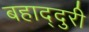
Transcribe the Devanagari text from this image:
बहाद्दुरी